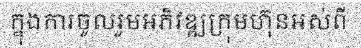
ក្នុងការចូលរួមអភិវឌ្ឍក្រុមហ៊ុនអស់ពី